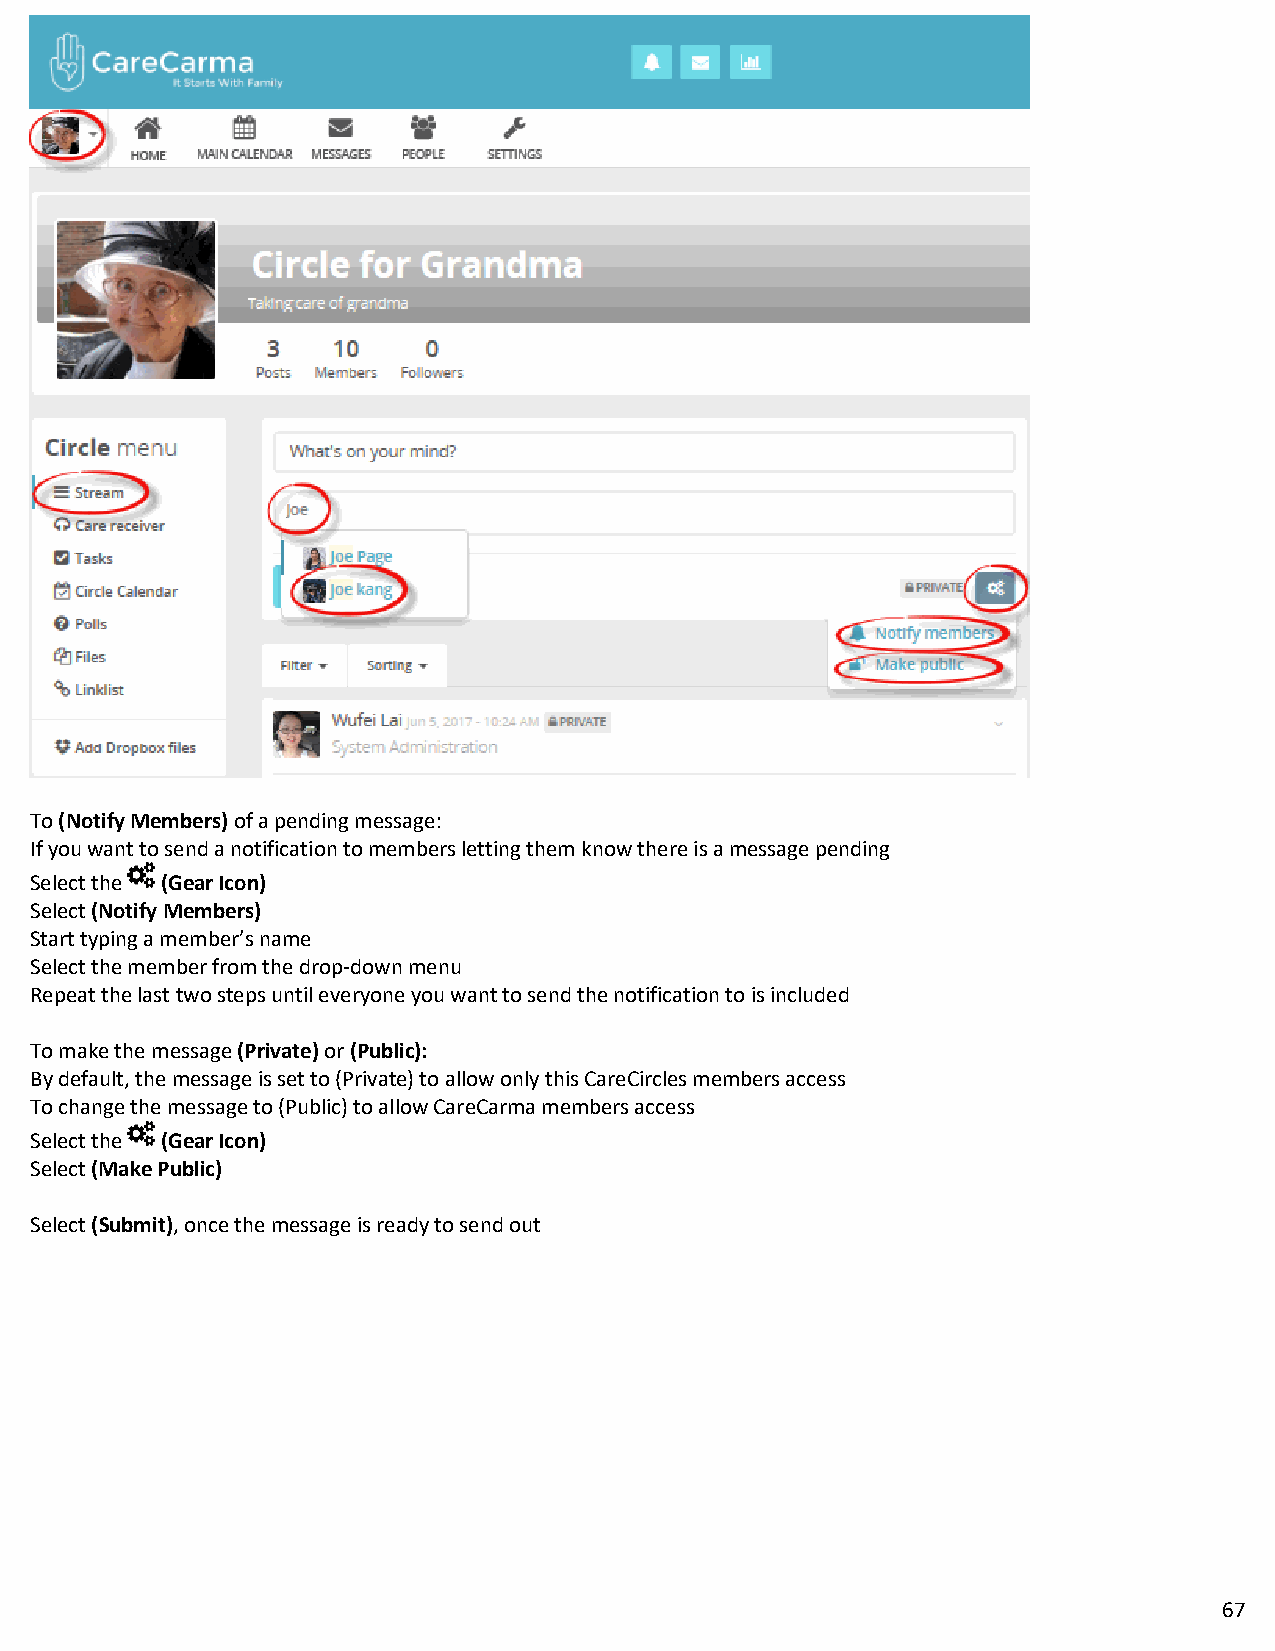
To (Notify Members) of a pending message:
 If you want to send a notification to members letting them know there is a message pending
 Select the (Gear Icon)
 Select (Notify Members)
 Start typing a member’s name
 Select the member from the drop-down menu
 Repeat the last two steps until everyone you want to send the notification to is included
 To make the message (Private) or (Public):
 By default, the message is set to (Private) to allow only this CareCircles members access
 To change the message to (Public) to allow CareCarma members access
 Select the (Gear Icon)
 Select (Make Public)
 Select (Submit), once the message is ready to send out
 67